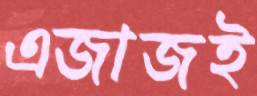
এজাজই